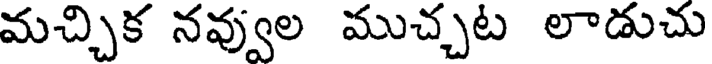
మచ్చిక నవ్వుల ముచ్చట లాడుచు